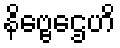
နိဗ္ဗေဌေဟိ